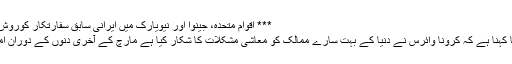
*** اقوام متحده، جینوا اور نیویارک میں ایرانی سابق سفارتکار کوروش احمدی؛
احمدی کا کہنا ہے کہ کرونا وائرس نے دنیا کے بہت سارے ممالک کو معاشی مشکلات کا شکار کیا ہے مارچ کے آخری دنوں کے دوران امریکہ 3۔